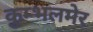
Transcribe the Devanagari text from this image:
कुम्भलमेर